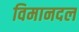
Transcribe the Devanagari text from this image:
विमानदल